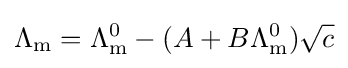
\Lambda _{\text{m}}=\Lambda _{\text{m}}^{0}-(A+B\Lambda _{\text{m}}^{0}){\sqrt {c}}